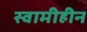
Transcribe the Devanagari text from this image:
स्वामीहीन